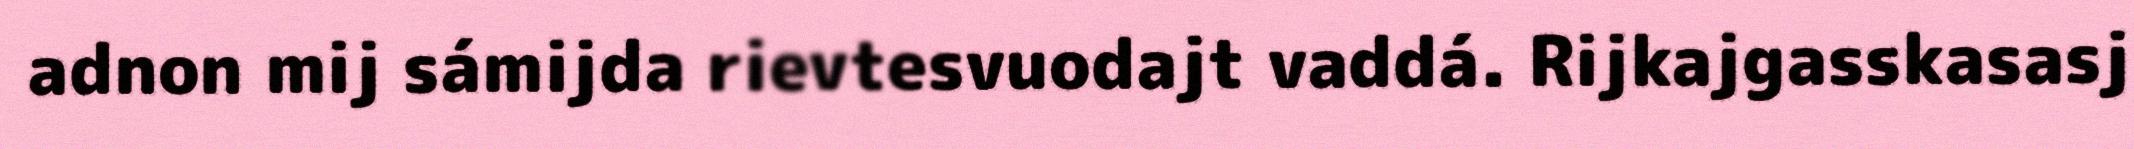
adnon mij sámijda rievtesvuodajt vaddá. Rijkajgasskasasj